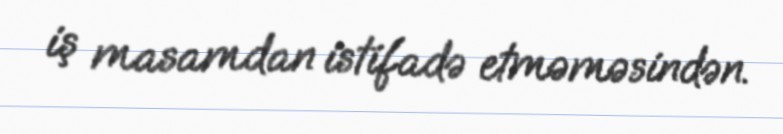
iş masamdan istifadə etməməsindən.